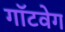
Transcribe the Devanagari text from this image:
गॉटवेग